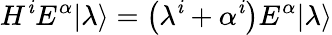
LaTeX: H^{\mathit{i}}E^{\alpha}|\lambda\rangle=\left(\lambda^{\mathit{i}}+\alpha^{\mathit{i}}\right)E^{\alpha}|\lambda\rangle